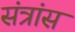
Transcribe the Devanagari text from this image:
संत्रांस